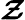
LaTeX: \boldsymbol{\mathcal{Z}}